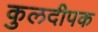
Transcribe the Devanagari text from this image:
कुलदीपक